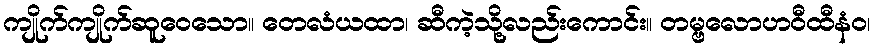
ကျိုက်ကျိုက်ဆူဝေသော။ တေလံယထာ၊ ဆီကဲ့သို့လည်းကောင်း။ တမ္ဗလောဟဝီထီနံဝ၊